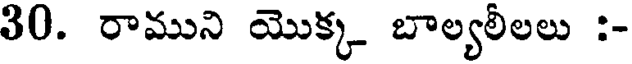
30. రాముని యొక్క బాల్యలీలలు :-